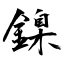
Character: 鎳